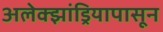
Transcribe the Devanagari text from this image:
अलेक्झांड्रियापासून